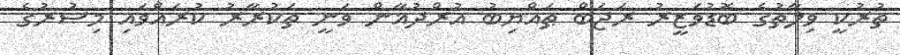
ތުރުކީ ވިލާތުގެ ބޮޑުވަޒީރު ރަޖަބް ޠައްޔިބު އުރްދުޣާން ވަނީ ތަކުރާރު ކުރައްވައި މިޞުރުގެ